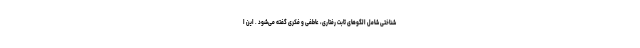
شناختی شامل الگوهای ثابت رفتاری، عاطفی و فکری گفته می‌شود . این ا